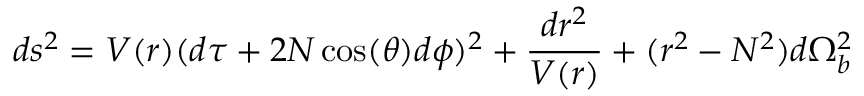
d s ^ { 2 } = V ( r ) ( d \tau + 2 N \cos ( \theta ) d \phi ) ^ { 2 } + \frac { d r ^ { 2 } } { V ( r ) } + ( r ^ { 2 } - N ^ { 2 } ) d \Omega _ { b } ^ { 2 }